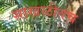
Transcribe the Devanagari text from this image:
साखळीतच